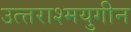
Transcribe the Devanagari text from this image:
उत्त्तराश्मयुगीन